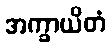
အက္ခာယိတံ